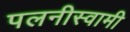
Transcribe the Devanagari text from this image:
पलनीस्वामी